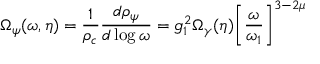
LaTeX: \Omega _ { \psi } ( \omega , \eta ) = \frac { 1 } { \rho _ { c } } \frac { d \rho _ { \psi } } { d \log { \omega } } = g _ { 1 } ^ { 2 } \Omega _ { \gamma } ( \eta ) \biggl [ \frac { \omega } { \omega _ { 1 } } \biggr ] ^ { 3 - 2 \mu }